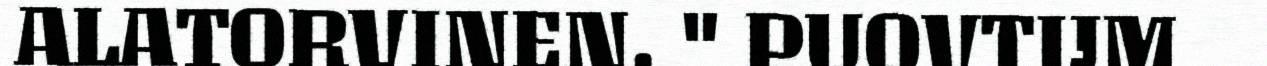
ALATORVINEN. " PUOVTIJM